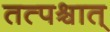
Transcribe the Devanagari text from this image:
तत्पश्र्चात्